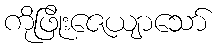
ကိုဖြိုးဇေယျာသော်